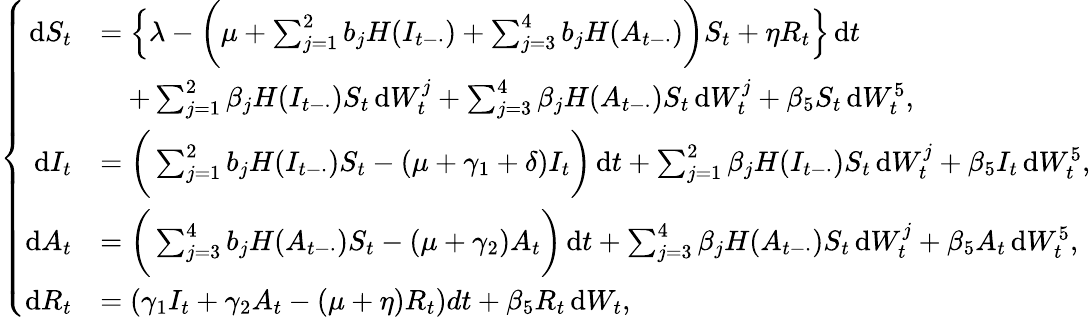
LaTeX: \left\{ \begin{array}{rl}{\mathrm{d}S_{t}}&{=\left\{ \lambda-\bigg(\mu+\sum_{j=1}^{2}b_{j}H(I_{t-\cdot})+\sum_{j=3}^{4}b_{j}H(A_{t-\cdot})\bigg)S_{t}+\eta R_{t}\right\} \, \mathrm{d}t}\\ &{\quad+\sum_{j=1}^{2}\beta_{j}H(I_{t-\cdot})S_{t}\, \mathrm{d}W_{t}^{j}+\sum_{j=3}^{4}\beta_{j}H(A_{t-\cdot})S_{t}\, \mathrm{d}W_{t}^{j}+\beta_{5}S_{t}\, \mathrm{d}W_{t}^{5},}\\ {\mathrm{d}I_{t}}&{=\bigg(\sum_{j=1}^{2}b_{j}H(I_{t-\cdot})S_{t}-(\mu+\gamma_{1}+\delta)I_{t}\bigg)\, \mathrm{d}t+\sum_{j=1}^{2}\beta_{j}H(I_{t-\cdot})S_{t}\, \mathrm{d}W_{t}^{j}+\beta_{5}I_{t}\, \mathrm{d}W_{t}^{5},}\\ {\mathrm{d}A_{t}}&{=\bigg(\sum_{j=3}^{4}b_{j}H(A_{t-\cdot})S_{t}-(\mu+\gamma_{2})A_{t}\bigg)\, \mathrm{d}t+\sum_{j=3}^{4}\beta_{j}H(A_{t-\cdot})S_{t}\, \mathrm{d}W_{t}^{j}+\beta_{5}A_{t}\, \mathrm{d}W_{t}^{5},}\\ {\mathrm{d}R_{t}}&{=\left(\gamma_{1}I_{t}+\gamma_{2}A_{t}-(\mu+\eta)R_{t}\right)dt+\beta_{5}R_{t}\, \mathrm{d}W_{t},}\end{array}\right.